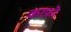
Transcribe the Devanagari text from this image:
काफ़ॊ